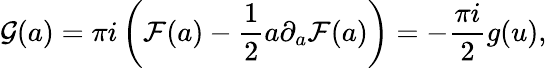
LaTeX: {\cal G}(a)=\pi i\left({\cal F}(a)-{\frac{1}{2}}a\partial_{a}{\cal F}(a)\right)=-{\frac{\pi i}{2}}g(u),